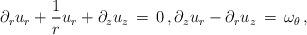
LaTeX: \begin{align*} \partial_r u_r + \frac{1}{r} u_r + \partial_z u_z \,=\, 0\,, \partial_z u_r - \partial_r u_z \,=\, \omega_\theta\,,\end{align*}